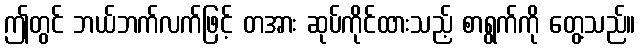
ဤတွင် ဘယ်ဘက်လက်ဖြင့် တအား ဆုပ်ကိုင်ထားသည့် စာရွက်ကို တွေ့သည်။